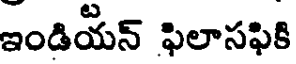
ఇండియన్ ఫిలాసఫికి